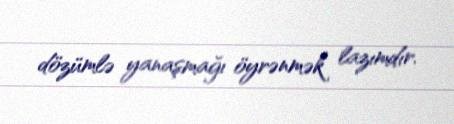
dözümlə yanaşmağı öyrənmək lazımdır.